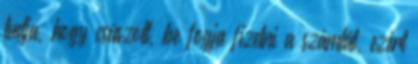
tudja, hogy csúszott, be fogja fizetni a számlát, ezért